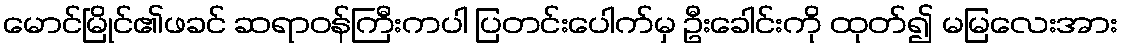
မောင်မြိုင်၏ဖခင် ဆရာဝန်ကြီးကပါ ပြတင်းပေါက်မှ ဦးခေါင်းကို ထုတ်၍ မမြလေးအား